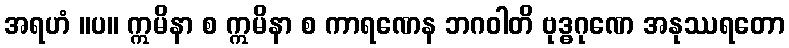
အရဟံ ။ပ။ ဣမိနာ စ ဣမိနာ စ ကာရဏေန ဘဂဝါတိ ဗုဒ္ဓဂုဏေ အနုဿရတော